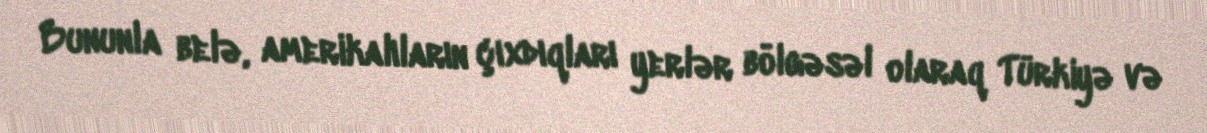
Bununla belə, amerikalıların çıxdıqları yerlər bölgəsəl olaraq Türkiyə və